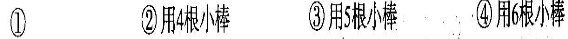
①②用4根小棒③用5根小棒④用6根小棒